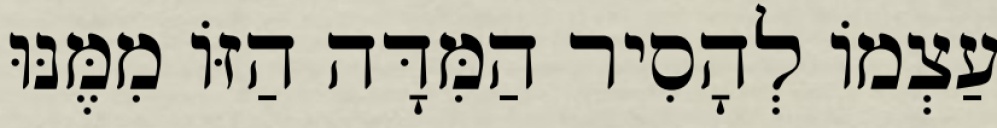
עַצְמוֹ לְהָסִיר הַמִּדָּה הַזּוֹ מִמֶּנּוּ